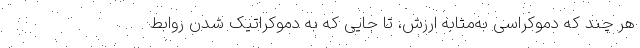
هر چند که دموکراسی به‌مثابه ارزش، تا جایی که به دموکراتیک شدن روابط